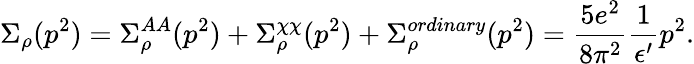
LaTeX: \Sigma_{\rho}(p^{2})=\Sigma_{\rho}^{AA}(p^{2})+\Sigma_{\rho}^{\chi\chi}(p^{2})+\Sigma_{\rho}^{ordinary}(p^{2})={\frac{5e^{2}}{8\pi^{2}}}{\frac{1}{\epsilon^{\prime}}}p^{2}.